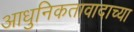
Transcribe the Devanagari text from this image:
आधुनिकतावादाच्या